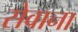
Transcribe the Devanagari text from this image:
सेवाना